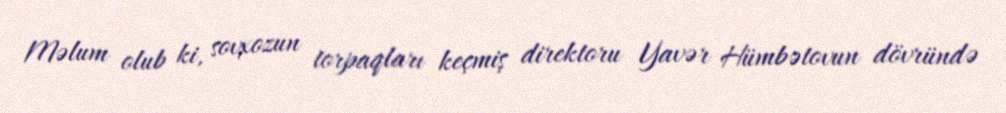
Məlum olub ki, sovxozun torpaqları keçmiş direktoru Yavər Hümbətovun dövründə